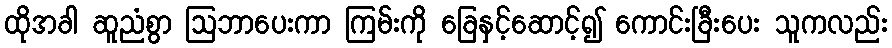
ထိုအခါ ဆူညံစွာ ဩဘာပေးကာ ကြမ်းကို ခြေနှင့်ဆောင့်၍ ကောင်းခြီးပေး သူကလည်း